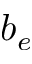
b _ { e }